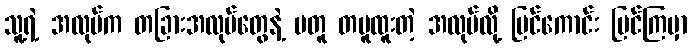
သူ့ရဲ့ အလုပ်က တခြားအလုပ်တွေနဲ့ မတူ တမူထူးတဲ့ အလုပ်လို့ မြင်ကောင်း မြင်ကြမှာ